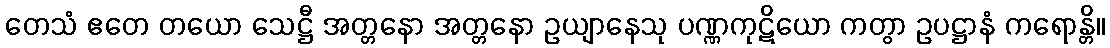
တေသံ ဧတေ တယော သေဋ္ဌီ အတ္တနော အတ္တနော ဥယျာနေသု ပဏ္ဏကုဋိယော ကတွာ ဥပဋ္ဌာနံ ကရောန္တိ။